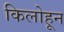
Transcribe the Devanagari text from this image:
किलोहून